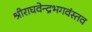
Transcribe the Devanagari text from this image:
श्रीराघवेन्द्रभगवंस्तव